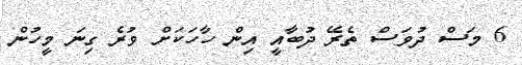
6 މަސް ދުވަސް ތެރޭ ދުބާއީ އިން ހާހަކަށް ވުރެ ގިނަ މީހުން